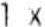
1 X